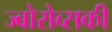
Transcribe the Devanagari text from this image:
ज्बोरोव्सकी